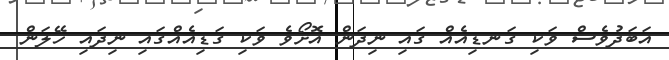
އަބަދުވެސް ވަކި ގަނޑިއެއް ގައި ނިދަން އޮށޯވެ ވަކި ގަޑިއެއްގައި ނިދައި ހޭލަން